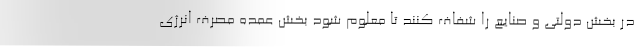
در بخش دولتی و صنایع را شفاف کنند تا معلوم شود بخش عمده مصرف انرژی